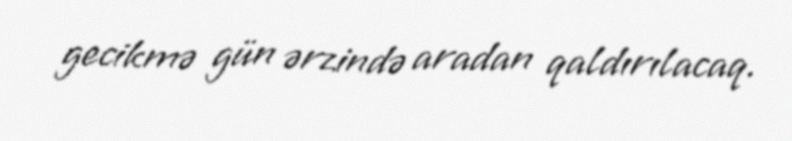
gecikmə gün ərzində aradan qaldırılacaq.